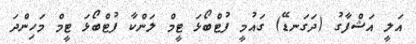
އަލީ އަޝްފާގު (ދަގަނޑޭ) ގައުމީ ފުޓްބޯޅަ ޓީމް ލަންކާ ފުޓްބޯޅަ ޓީމް މަހިންދަ